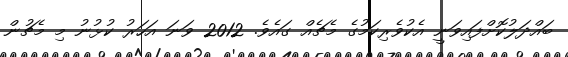
ބައްދަލުކޮށްފައިވަނީ އެކުވެރިކަމުގެ މެޗެއް ގައެވެ. 2012 ވަނަ އަހަރު ކުޅުނު މި މެޗުން